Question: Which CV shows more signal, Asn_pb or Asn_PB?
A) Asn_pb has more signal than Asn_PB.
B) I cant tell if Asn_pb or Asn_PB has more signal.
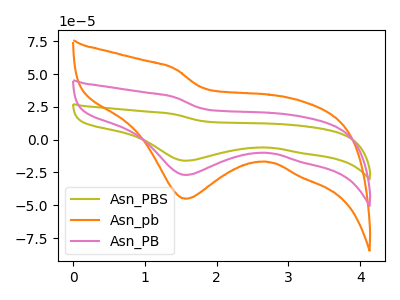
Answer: <think>The olive curve "Asn_PBS" has a cathodic peak at: (1.55V, -53.85uA). The orange curve "Asn_pb" has a cathodic peak at: (1.55V, -45.05uA). The pink curve "Asn_PB" has a cathodic peak at: (1.55V, -26.90uA).
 All the peaks in "Asn_pb" have a peak in "Asn_PB" at the same potential. Every peak in "Asn_pb" is higher than every peak in "Asn_PB".</think>
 <answer>A) "Asn_pb" has more signal than "Asn_PB".</answer>
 <eval>A</eval>